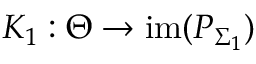
K _ { 1 } : \Theta \to \mathrm { i m } ( P _ { \Sigma _ { 1 } } )